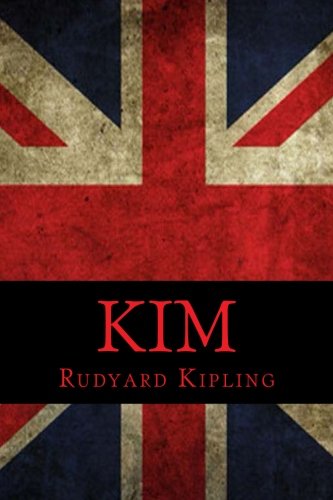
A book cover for Kim; Rudyard Kipling; Science Fiction & Fantasy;